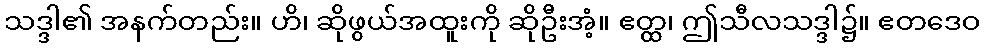
သဒ္ဒါ၏ အနက်တည်း။ ဟိ၊ ဆိုဖွယ်အထူးကို ဆိုဦးအံ့။ ဧတ္ထ၊ ဤသီလသဒ္ဒါ၌။ ဧတဒေဝ